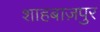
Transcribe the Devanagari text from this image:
शाहबाज़पुर